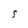
Character: S